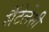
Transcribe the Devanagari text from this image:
सैंटेलेसी